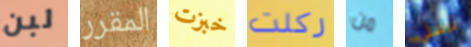
لبن المقرر خبزت ركلت من ترسلي